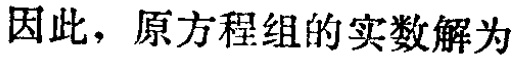
因此，原方程组的实数解为